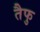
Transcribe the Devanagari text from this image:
तैफु